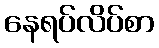
နေရပ်လိပ်စာ